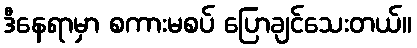
ဒီနေရာမှာ စကားမစပ် ပြောချင်သေးတယ်။